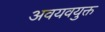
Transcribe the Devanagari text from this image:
अवयवयुक्त